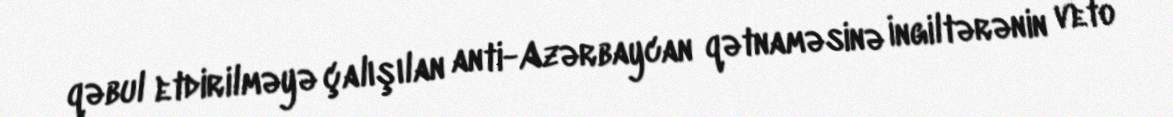
qəbul etdirilməyə çalışılan anti-Azərbaycan qətnaməsinə İngiltərənin veto